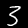
Label: 3